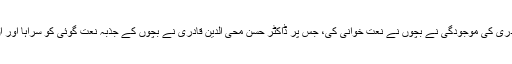
ڈاکٹر حسن محی الدین قادری کی موجودگی نے بچوں نے نعت خوانی کی، جس پر ڈاکٹر حسن محی الدین قادری نے بچوں کے جذبہ نعت گوئی کو سراہا اور ان کی حوصلہ افزائی کی۔